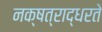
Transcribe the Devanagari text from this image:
नक्षत्राद्धरते